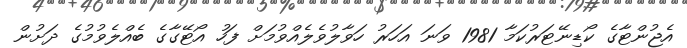
އެޖުންޓާގެ ކޯޑިނޭޓަރުކަމާ 1981 ވަނަ އަހަރު ހަވާލުވެލެއްވުމަށް ފަހު އޯޓޭގާގެ ބެއްލެވުމުގެ ދަށުން